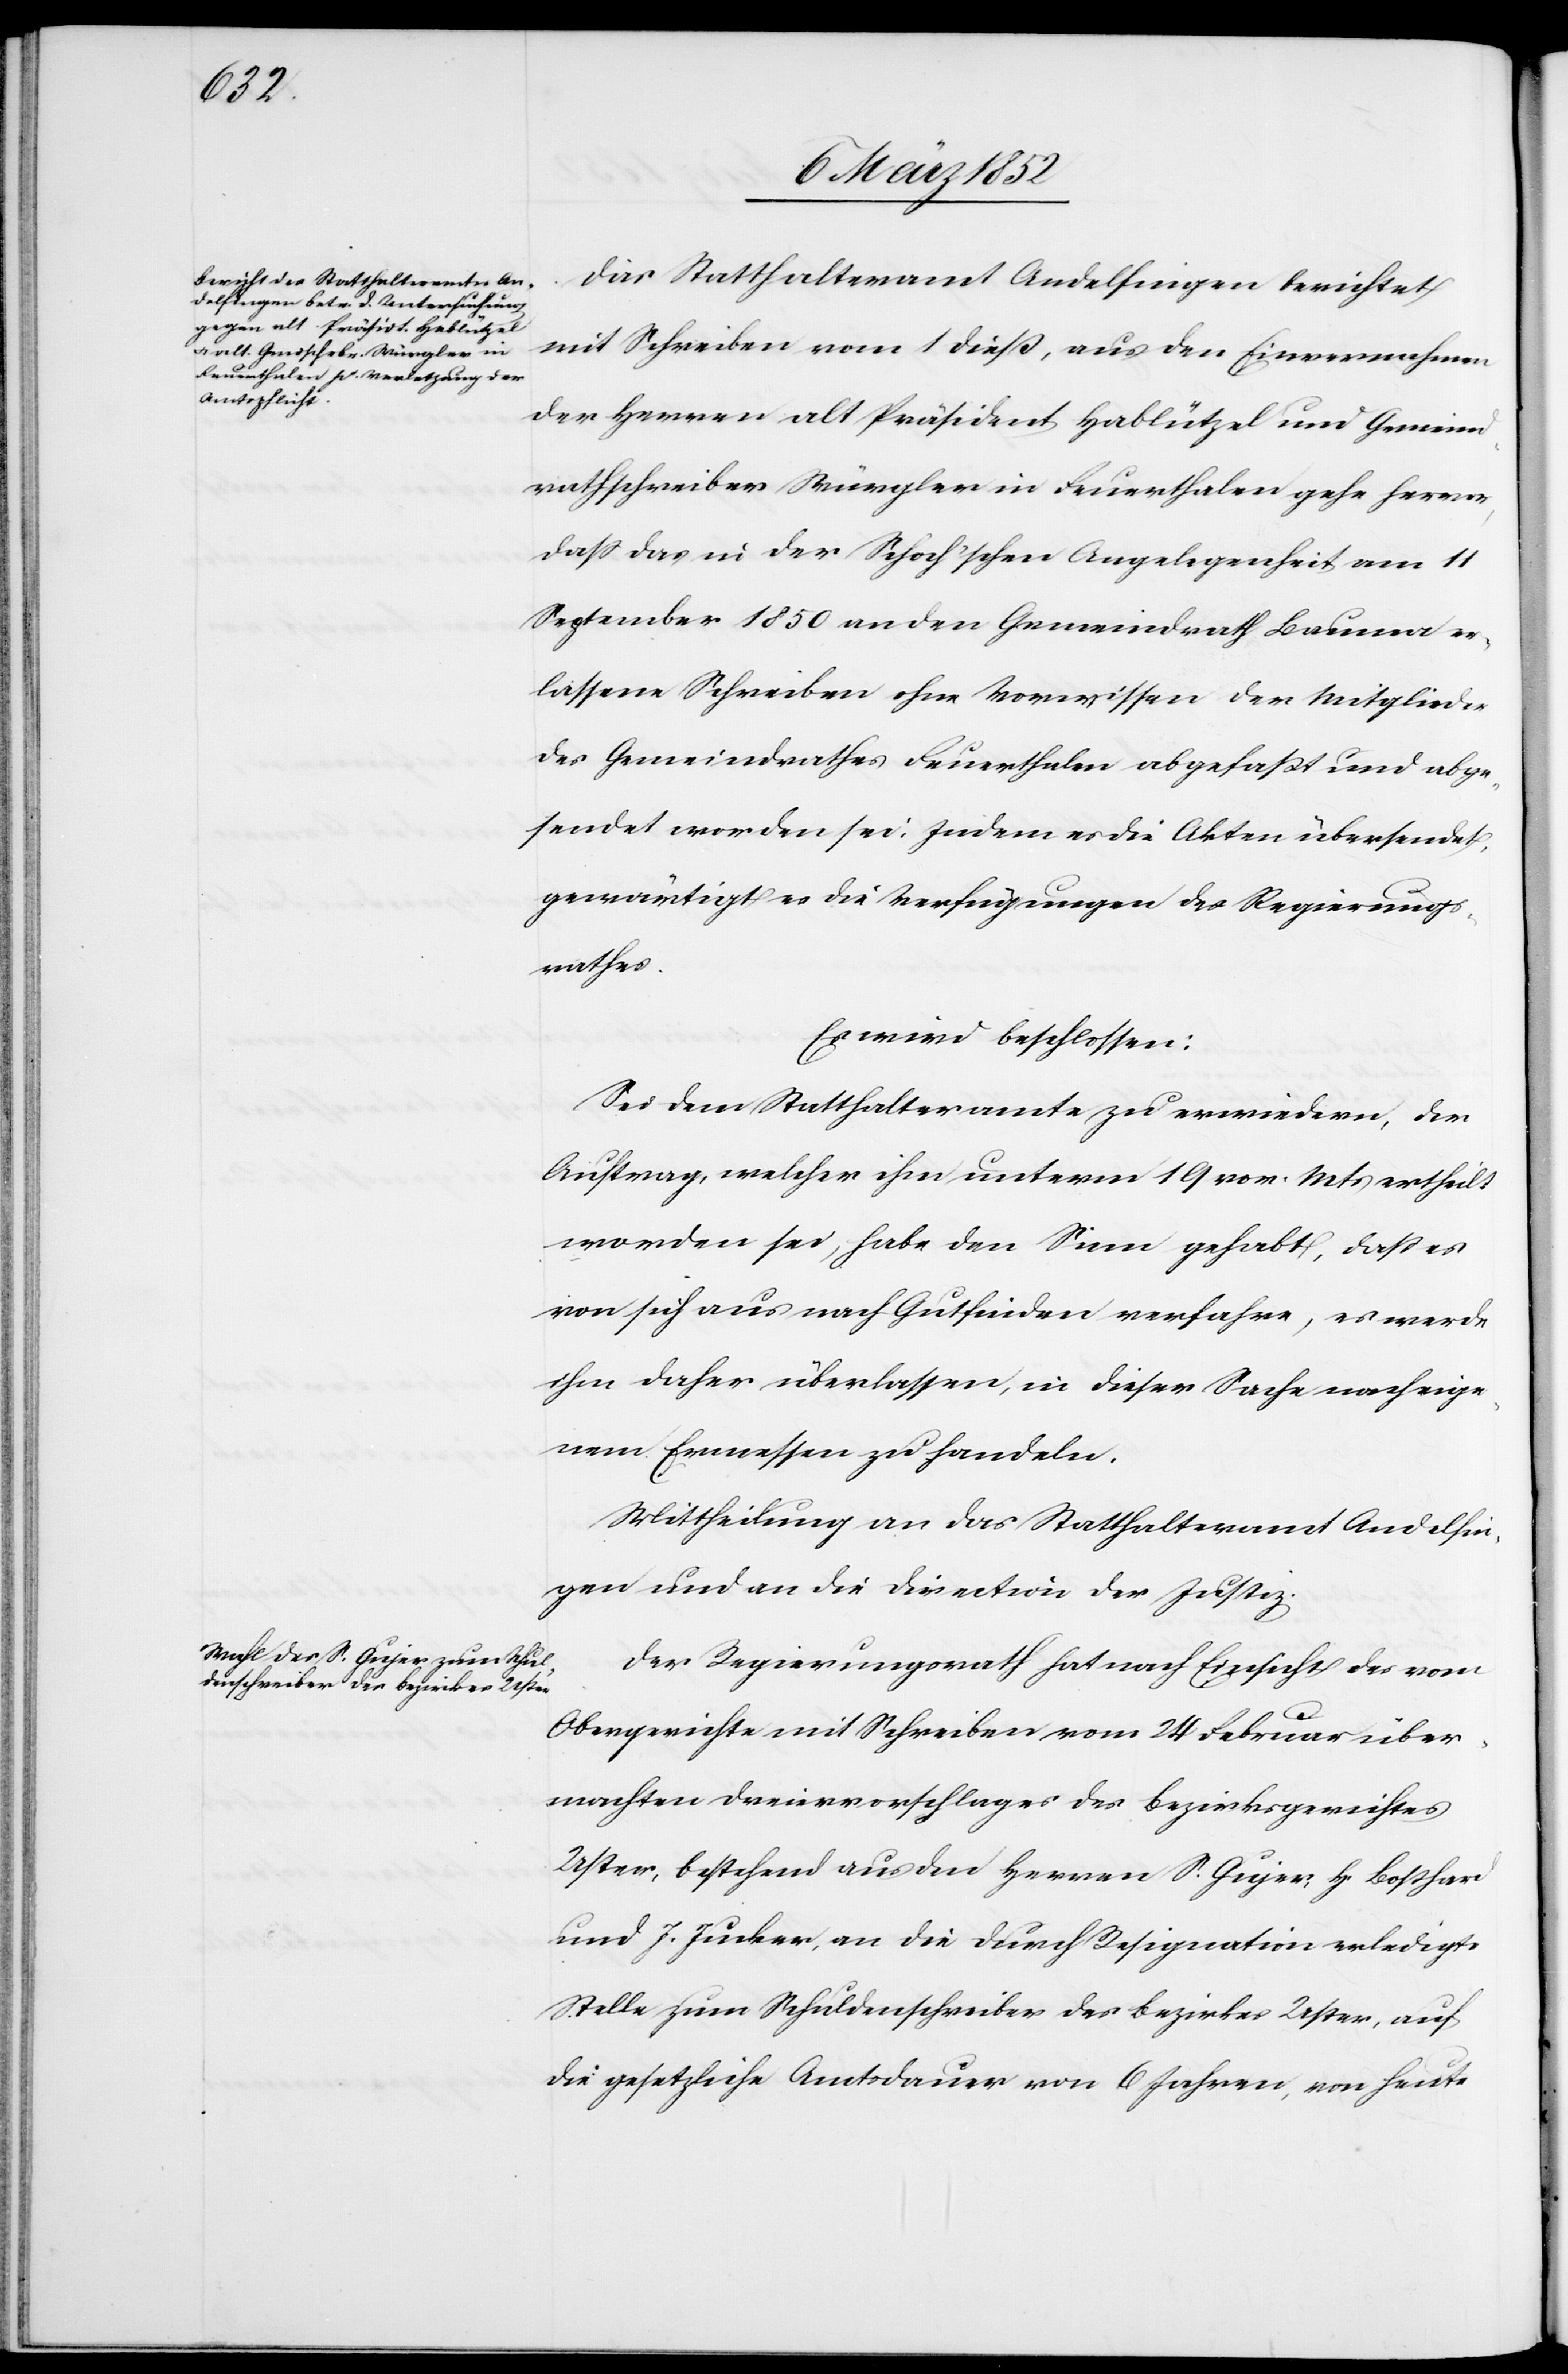
Das Statthalteramt Andelfingen berichtet
mit Schreiben vom 1 dieß, aus den Einvernehmen
der Herren alt Präsident Hablützel und Gemeind¬
rathschreiber Würgler in Feuerthalen gehe hervor,
daß das in der Schoch’schen Angelegenheit am 11
September 1850 an den Gemeindrath Bauma er¬
lassene Schreiben ohne Vorwissen der Mitglieder
des Gemeindrathes Feuerthalen abgefaßt und abge¬
sendet worden sei. Indem es die Akten übersendet,
gewärtigt es die Verfügungen des Regierungs¬
rathes.
Es wird beschlossen:
Sei dem Statthalteramte zu erwiedern, der
Auftrag, welcher ihm unterm 19 vor. Mts ertheilt
worden sei, habe den Sinn gehabt, daß es
von sich aus nach Gutfinden verfahre, es werde
ihm daher überlassen, in dieser Sache nach eige¬
nem Ermessen zu handeln.
Mittheilung an das Statthalteramt Andelfin¬
gen und an die Direction der Justiz.
Der Regierungsrath hat nach Einsicht des vom
Obergerichte mit Schreiben vom 24 Februar über¬
machten Dreiervorschlages des Bezirksgerichtes
Uster, bestehend aus den Herren S. Gujer, Hp Boßhard
und J. Junker, an die durch Resignation erledigte
Stelle zum Schuldenschreiber des Bezirkes Uster, auf
die gesetzliche Amtsdauer von 6 Jahren, von heute